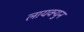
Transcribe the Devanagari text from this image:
लायक्युन